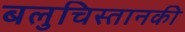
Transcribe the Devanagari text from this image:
बलुचिस्तानकी